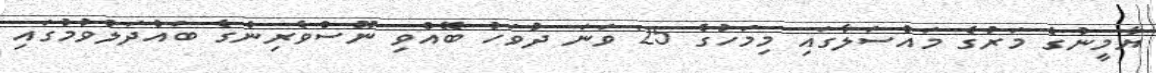
ޔާމީނުގެ މަރުގެ މައްސަލާގައި މިމަހުގެ 25 ވަނަ ދުވަހު ބޭއްވި ނޫސްވެރިންގެ ބައްދަލުވުމުގައި